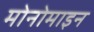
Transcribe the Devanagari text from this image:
मोनोमाइन